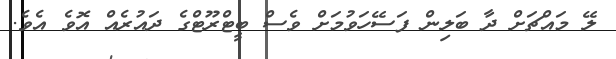
ލޭ މައްޗަށް ދާ ބަލިން ފަސޭހަވުމަށް ވެސް ބީޓްރޫޓްގެ ދައުރެއް އޮވެ އެވެ.